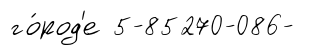
го́род'е 5-85270-086-